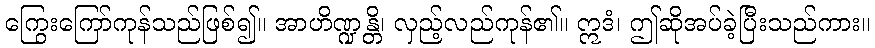
ကြွေးကြော်ကုန်သည်ဖြစ်၍။ အာဟိဏ္ဍန္တိ၊ လှည့်လည်ကုန်၏။ ဣဒံ၊ ဤဆိုအပ်ခဲ့ပြီးသည်ကား။